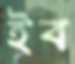
ইব